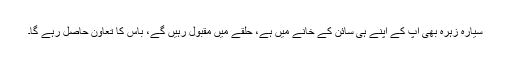
سیارہ زہرہ بھی آپ کے اپنے ہی سائن کے خانے میں ہے، حلقے میں مقبول رہیں گے، باس کا تعاون حاصل رہے گا۔